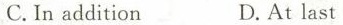
C.In addition D.At last